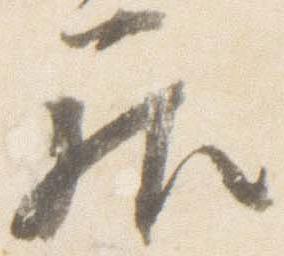
居